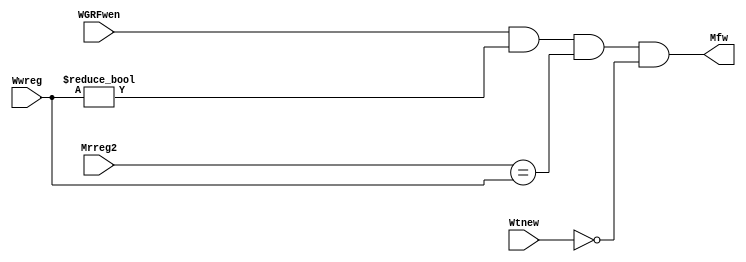
`timescale 1ns / 1ps

module mfw (
    input [4:0] Mrreg2,
    input WGRFwen,
    input [4:0] Wwreg,
    input [1:0] Wtnew,
    output Mfw
    
);

assign Mfw = (WGRFwen && Wwreg != 0 && Mrreg2 == Wwreg && Wtnew == 0);

endmodule